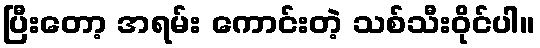
ပြီးတော့ အရမ်း ကောင်းတဲ့ သစ်သီးဝိုင်ပါ။